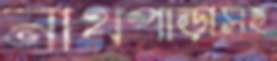
নাথপাড়াসহ